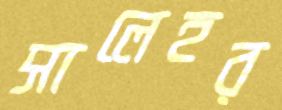
সালেহর